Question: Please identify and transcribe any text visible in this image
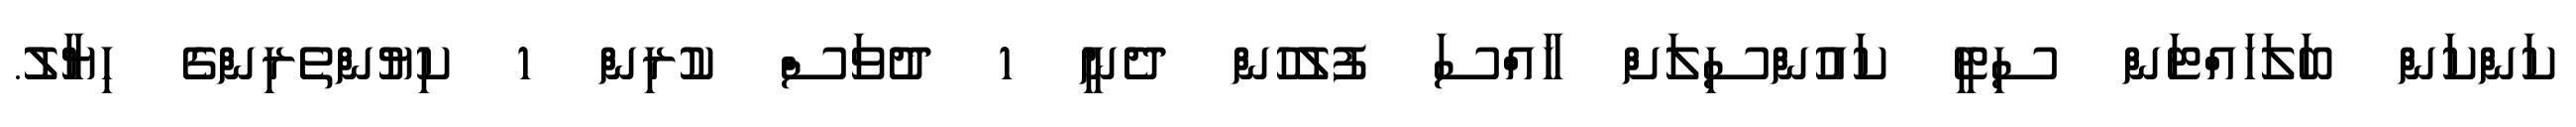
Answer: ކަންކަން ބަލަހައްޓަން ސިޓީ ކައުންސިލަށް ޚާއްސަ ފުލުހުން ދެނީ 1 ދުވަސް ކުރިން 1 ކިޔުންތެރިންގެ ހިޔާލު.